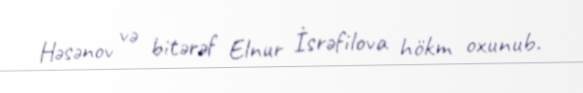
Həsənov və bitərəf Elnur İsrəfilova hökm oxunub.